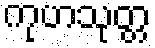
ကုဟသုတ္တ